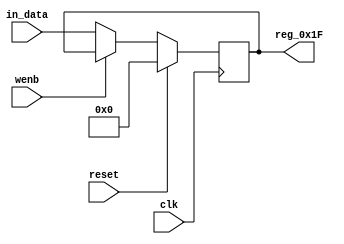
module r_FAULT_STATUS(output reg [7:0] reg_0x1F, input wire reset, input wire wenb, input wire [7:0] in_data, input wire clk);
	always@(posedge clk)
	begin
		if(reset==0) begin
			if(wenb==0)
				reg_0x1F<=in_data;
			else
				reg_0x1F<=reg_0x1F;
		end
		else
			reg_0x1F<=8'h00;
	end
endmodule